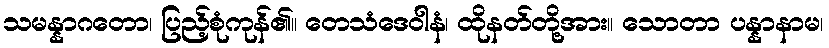
သမန္နာဂတော၊ ပြည့်စုံကုန်၏။ တေသံဒေဝါနံ၊ ထိုနတ်တို့အား။ သောတာ ပန္နာနာမ၊